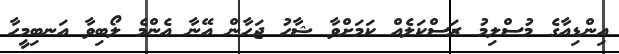
އިންޑިއާގެ މުސްލިމު ރަސްކަލެއް ކަމަށްވާ ޝާހު ޖަހާން އޭނާ އެންމެ ލޯބިވާ އަނބިމީހާ